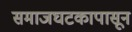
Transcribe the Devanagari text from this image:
समाजघटकापासून